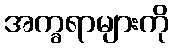
အက္ခရာများကို